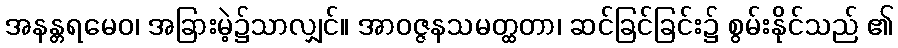
အနန္တရမေဝ၊ အခြားမဲ့၌သာလျှင်။ အာဝဇ္ဇနသမတ္ထတာ၊ ဆင်ခြင်ခြင်း၌ စွမ်းနိုင်သည် ၏